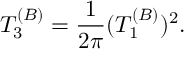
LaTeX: T _ { 3 } ^ { ( B ) } = { \frac { 1 } { 2 \pi } } ( T _ { 1 } ^ { ( B ) } ) ^ { 2 } .